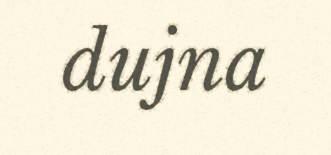
dujna